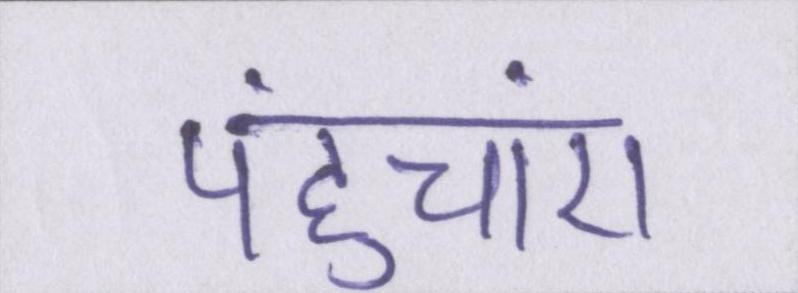
पहुंचाएं